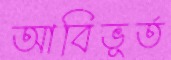
আবিভূর্ত